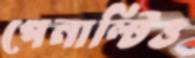
পেনাল্টিও